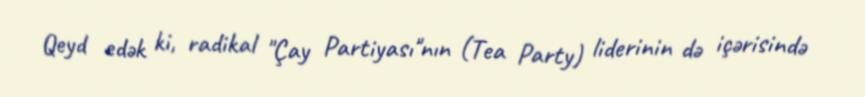
Qeyd edək ki, radikal "Çay Partiyası"nın (Tea Party) liderinin də içərisində